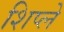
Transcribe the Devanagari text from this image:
शिप्ले